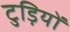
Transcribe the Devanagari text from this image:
टुड़ियों